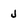
Character: j